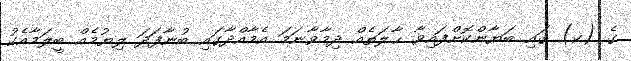
ގެ (ކ) ގައި ބަޔާންކޮށްފައިވާ ޙާލަތެއް ދިމާވާނަމަ އެމާއްދާގައި ބުނާފަދަ ލިޔުމެއް ބީލަމާއެކު